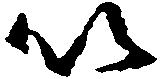
以